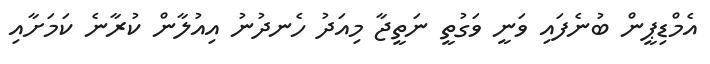
އެމްޑިޕީން ބުނެފައި ވަނީ ވަގުތީ ނަތީޖާ މިއަދު ހެނދުނު އިއުލާން ކުރާނެ ކަމަށާއި